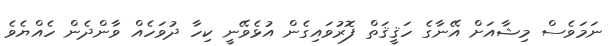
ނަމަވެސް މިޝާއަށް އޭނާގެ ހަޤީޤަތް ފޮރުވައިގެން އުޅެވޭނީ ކިހާ ދުވަހެއް ވާންދެން ހެއްޔެވެ